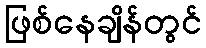
ဖြစ်နေချိန်တွင်